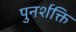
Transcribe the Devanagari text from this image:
पुनर्शक्ति